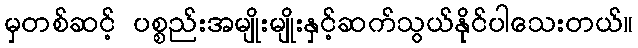
မှတစ်ဆင့် ပစ္စည်းအမျိုးမျိုးနှင့်ဆက်သွယ်နိုင်ပါသေးတယ်။